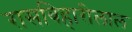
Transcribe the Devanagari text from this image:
रासबिहारीलाल